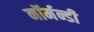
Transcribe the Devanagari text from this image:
नॉर्मन्डी